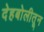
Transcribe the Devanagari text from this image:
देहबोलीतून